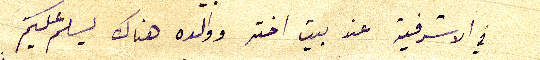
في الاشرفية عند بيت اخته ووالده هناك يسلم عليكم